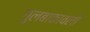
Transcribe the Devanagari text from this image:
गुलबाकावली